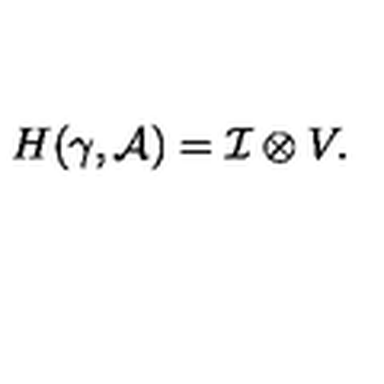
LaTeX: H ( \gamma , { \cal A } ) = { \cal { I } } \otimes V .